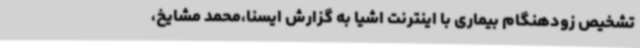
تشخیص زودهنگام بیماری با اینترنت اشیا به گزارش ایسنا،محمد مشایخ،